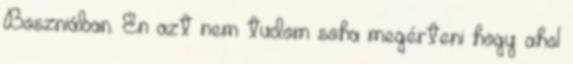
Boszniában. Én azt nem tudom soha megérteni hogy ahol